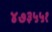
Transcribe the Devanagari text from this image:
४७३५५१